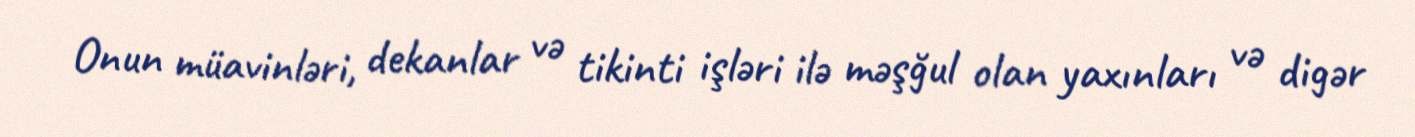
Onun müavinləri, dekanlar və tikinti işləri ilə məşğul olan yaxınları və digər